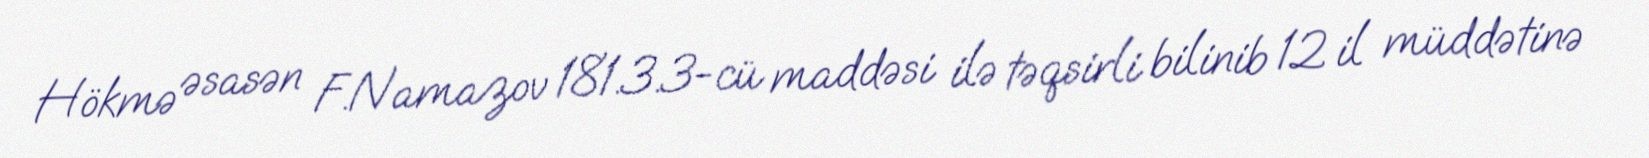
Hökmə əsasən F.Namazov 181.3.3-cü maddəsi ilə təqsirli bilinib 12 il müddətinə